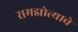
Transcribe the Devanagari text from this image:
समझोत्याचे